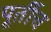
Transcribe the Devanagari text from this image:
पूर्तीच